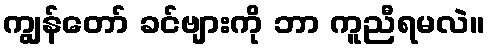
ကျွန်တော် ခင်ဗျားကို ဘာ ကူညီရမလဲ။